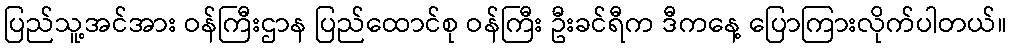
ပြည်သူ့အင်အား ဝန်ကြီးဌာန ပြည်ထောင်စု ဝန်ကြီး ဦးခင်ရီက ဒီကနေ့ ပြောကြားလိုက်ပါတယ်။